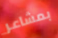
بمشاعر